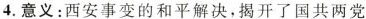
4.意义：西安事变的和平解决，揭开了国共两党